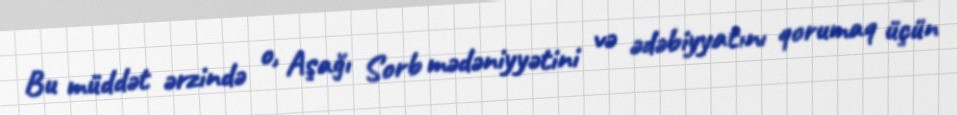
Bu müddət ərzində o, Aşağı Sorb mədəniyyətini və ədəbiyyatını qorumaq üçün